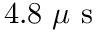
4 . 8 ~ \mu \mathrm { ~ s ~ }